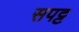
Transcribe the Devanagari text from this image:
सपट्ट